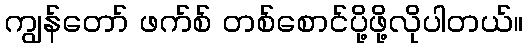
ကျွန်တော် ဖက်စ် တစ်စောင်ပို့ဖို့လိုပါတယ်။